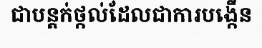
ជាបន្តក់ថ្កល់ដែលជាការបង្កើន